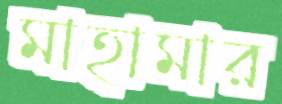
মাহামার